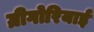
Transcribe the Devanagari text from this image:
ग्रीगोरियाई